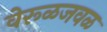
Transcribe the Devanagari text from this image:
वेरूळजवळ